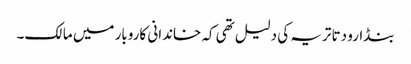
بنڈارو دتا تریہ کی دلیل تھی کہ خاندانی کاروبار میں مالک۔